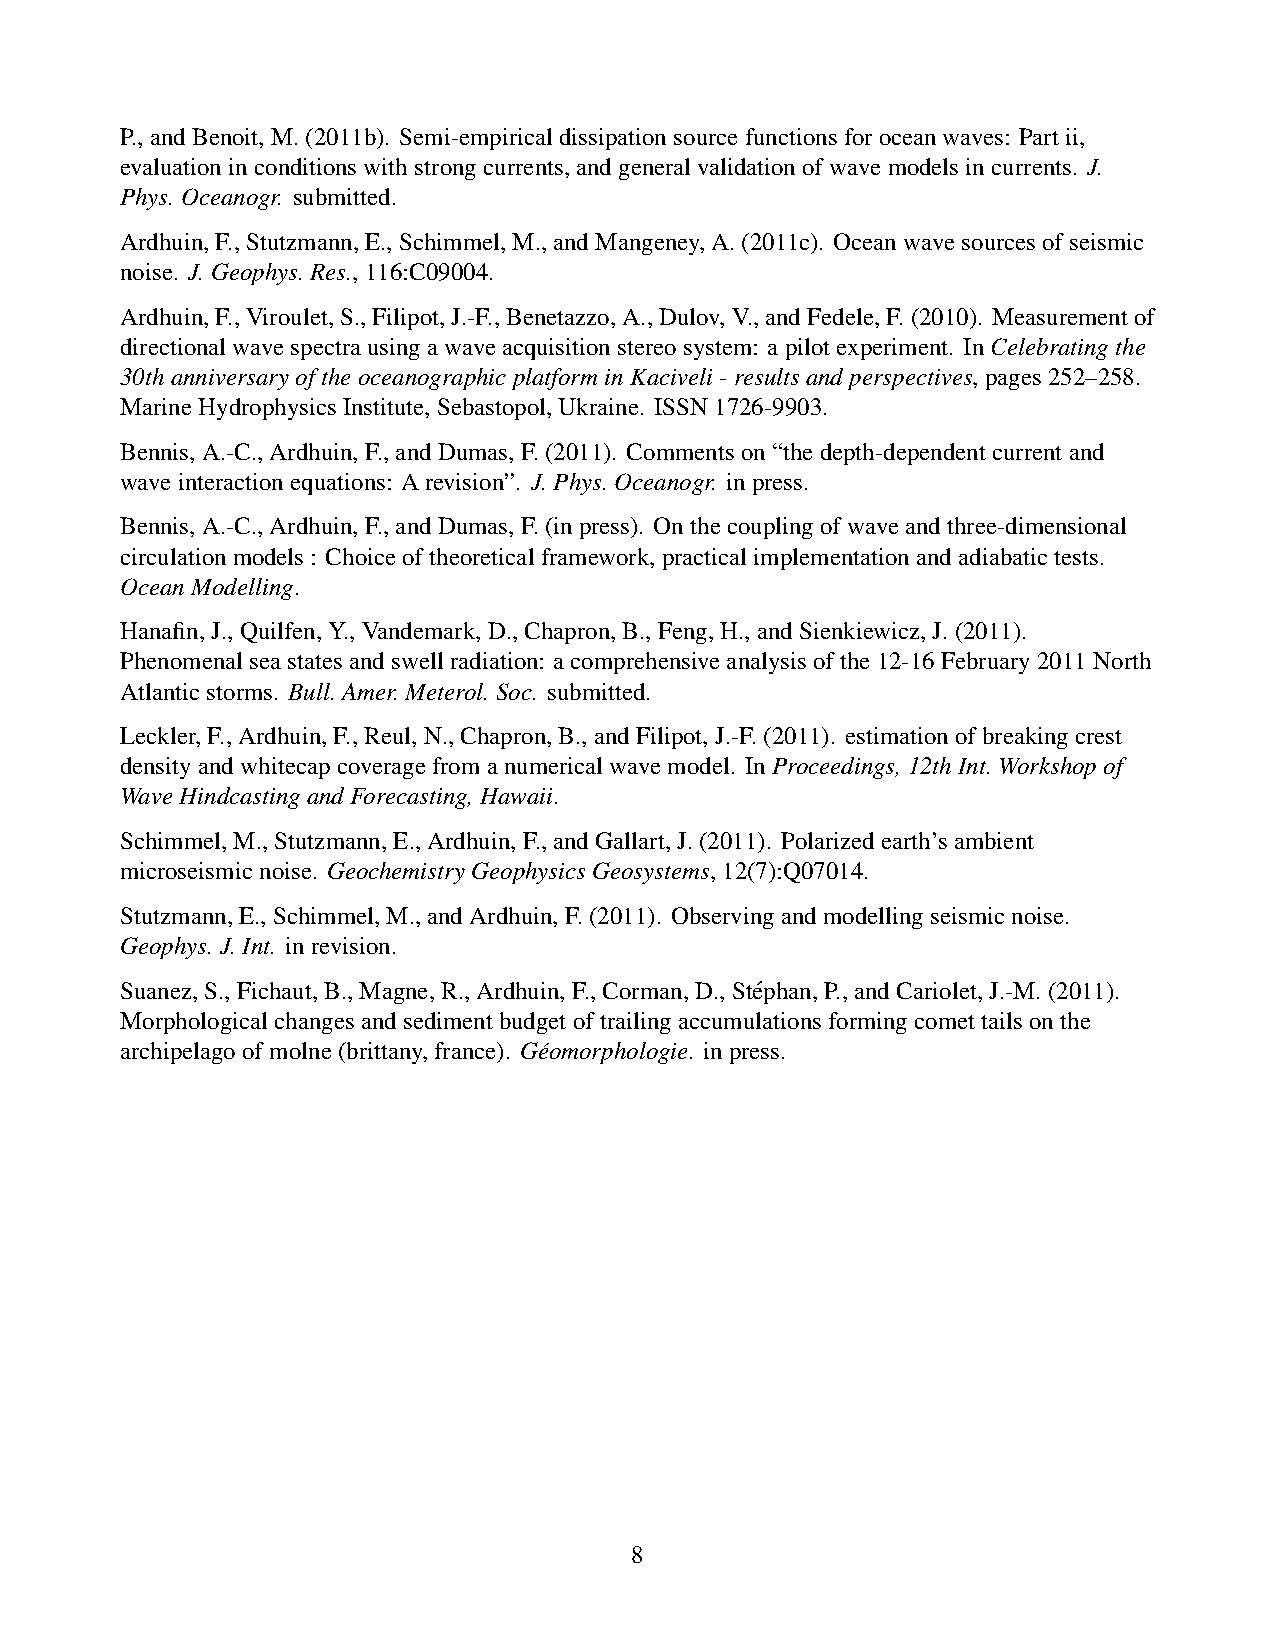
P.,andBenoit,M.(2011b). Semi-empiricaldissipationsourcefunctionsforoceanwaves: Partii,
 evaluationinconditionswithstrongcurrents,andgeneralvalidationofwavemodelsincurrents. J.
 Phys.Oceanogr. submitted.
 Ardhuin,F.,Stutzmann,E.,Schimmel,M.,andMangeney,A.(2011c). Oceanwavesourcesofseismic
 noise. J.Geophys.Res.,116:C09004.
 Ardhuin,F.,Viroulet,S.,Filipot,J.-F.,Benetazzo,A.,Dulov,V.,andFedele,F.(2010). Measurementof
 directionalwavespectrausingawaveacquisitionstereosystem: apilotexperiment. InCelebratingthe
 30thanniversaryoftheoceanographicplatforminKaciveli-resultsandperspectives,pages252–258.
 MarineHydrophysicsInstitute,Sebastopol,Ukraine. ISSN1726-9903.
 Bennis,A.-C.,Ardhuin,F.,andDumas,F.(2011). Commentson“thedepth-dependentcurrentand
 waveinteractionequations: Arevision”. J.Phys.Oceanogr. inpress.
 Bennis,A.-C.,Ardhuin,F.,andDumas,F.(inpress). Onthecouplingofwaveandthree-dimensional
 circulationmodels: Choiceoftheoreticalframework,practicalimplementationandadiabatictests.
 OceanModelling.
 Hanafin,J.,Quilfen,Y.,Vandemark,D.,Chapron,B.,Feng,H.,andSienkiewicz,J.(2011).
 Phenomenalseastatesandswellradiation: acomprehensiveanalysisofthe12-16February2011North
 Atlanticstorms. Bull.Amer.Meterol.Soc. submitted.
 Leckler,F.,Ardhuin,F.,Reul,N.,Chapron,B.,andFilipot,J.-F.(2011). estimationofbreakingcrest
 densityandwhitecapcoveragefromanumericalwavemodel. InProceedings,12thInt.Workshopof
 WaveHindcastingandForecasting,Hawaii.
 Schimmel,M.,Stutzmann,E.,Ardhuin,F.,andGallart,J.(2011). Polarizedearth’sambient
 microseismicnoise. GeochemistryGeophysicsGeosystems,12(7):Q07014.
 Stutzmann,E.,Schimmel,M.,andArdhuin,F.(2011). Observingandmodellingseismicnoise.
 Geophys.J.Int. inrevision.
 Suanez,S.,Fichaut,B.,Magne,R.,Ardhuin,F.,Corman,D.,Ste´phan,P.,andCariolet,J.-M.(2011).
 Morphologicalchangesandsedimentbudgetoftrailingaccumulationsformingcomettailsonthe
 archipelagoofmolne(brittany,france). Ge´omorphologie. inpress.
 8